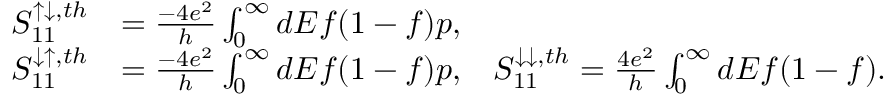
\begin{array} { r l } { { S _ { 1 1 } ^ { \uparrow \downarrow , t h } } } & { = { \frac { - 4 e ^ { 2 } } { h } \int _ { 0 } ^ { \infty } d E f ( 1 - f ) p } , } \\ { { S _ { 1 1 } ^ { \downarrow \uparrow , t h } } } & { = { \frac { - 4 e ^ { 2 } } { h } \int _ { 0 } ^ { \infty } d E f ( 1 - f ) p , } \quad { S _ { 1 1 } ^ { \downarrow \downarrow , t h } } = { \frac { 4 e ^ { 2 } } { h } \int _ { 0 } ^ { \infty } d E f ( 1 - f ) . } } \end{array}